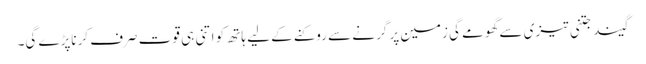
گیند جتنی تیزی سے گھومے گی زمین پر گرنے سے روکنے کے لیے ہاتھ کو اتنی ہی قوت صرف کرناپڑے گی۔